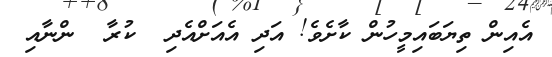
އެއިން ތިޔަބައިމީހުން ކާށެވެ! އަދި އެއަށްއެދި  ކުރާ  ންނާއި